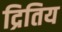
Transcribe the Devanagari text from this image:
द्रितिय